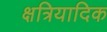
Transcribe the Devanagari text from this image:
क्षत्रियादिक